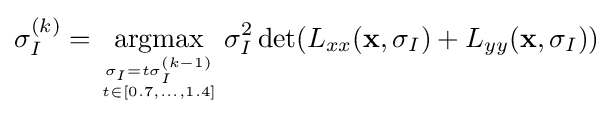
\sigma _{I}^{(k)}={\underset {\sigma _{I}=t\sigma _{I}^{(k-1)} \atop t\in [0.7,\dots ,1.4]}{\operatorname {argmax} }}\,\sigma _{I}^{2}\det(L_{xx}(\mathbf {x} ,\sigma _{I})+L_{yy}(\mathbf {x} ,\sigma _{I}))